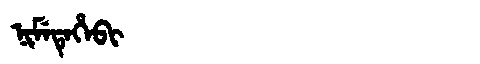
Manchu: ᠨᡳᠮᡝᡨᡝᡥᡝᠪᡳ
Romanization: NIMETEHEBI